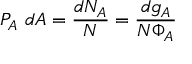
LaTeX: P _ { A } ~ d A = { \frac { d N _ { A } } { N } } = { \frac { d g _ { A } } { N \Phi _ { A } } }